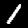
Digit: 1